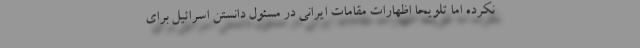
نکرده اما تلویحا اظهارات مقامات ایرانی در مسئول دانستن اسرائیل برای